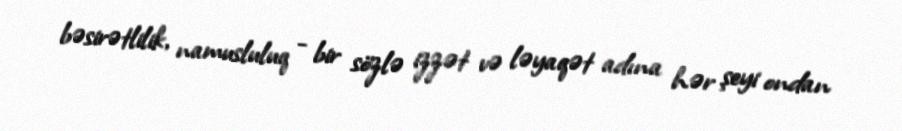
bəsirətlilik, namusluluq - bir sözlə izzət və ləyaqət adına hər şeyi ondan